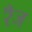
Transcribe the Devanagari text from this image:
रँज